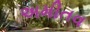
અમીતવ